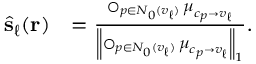
\begin{array} { r l } { \hat { \ensuremath { \mathbf { s } } } _ { \ell } ( \ensuremath { \mathbf { r } } ) } & { = \frac { \operatorname * { \bigcirc } _ { p \in N _ { 0 } ( v _ { \ell } ) } \boldsymbol { \mu } _ { c _ { p } \to v _ { \ell } } } { \left\| \operatorname * { \bigcirc } _ { p \in N _ { 0 } ( v _ { \ell } ) } \boldsymbol { \mu } _ { c _ { p } \to v _ { \ell } } \right\| _ { 1 } } . } \end{array}